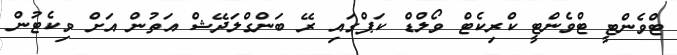
ޓްވެންޓީ ޓްވެންޓީ ކްރިކެޓް ވޯލްޑް ކަޕްގައި ރޭ ބަންގްލަދޭޝް އަތުން އަށް ވިކެޓުން